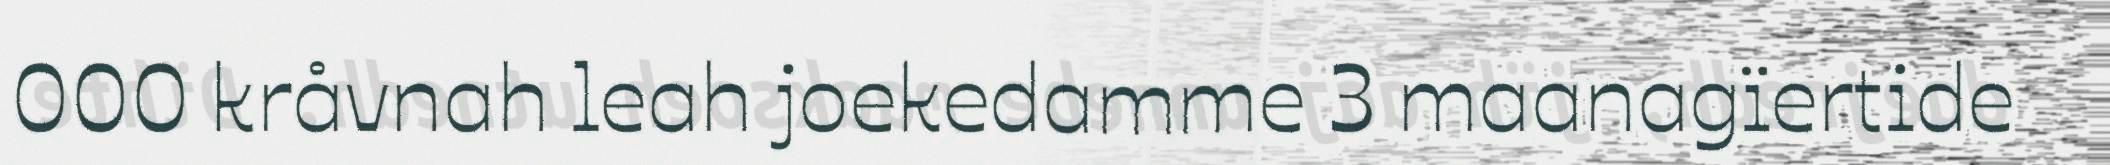
000 kråvnah leah joekedamme 3 maanagïertide